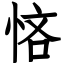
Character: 悋